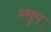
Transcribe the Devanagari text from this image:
ग्सुम